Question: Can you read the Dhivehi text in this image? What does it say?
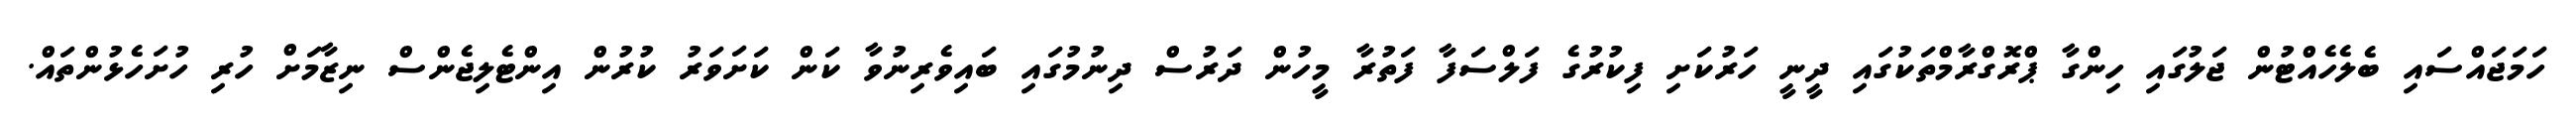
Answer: ހަމަޖައްސައި ބެލެހެއްޓުން ޖަލުގައި ހިންގާ ޕްރޮގްރާމްތަކުގައި ދީނީ ހަރުކަށި ފިކުރުގެ ފަލްސަފާ ފަތުރާ މީހުން ދަރުސް ދިނުމުގައި ބައިވެރިނުވާ ކަން ކަށަވަރު ކުރުން އިންޓެލިޖެންސް ނިޒާމަށް ހުރި ހުށަހެޅުންތައް.